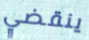
ينقضي